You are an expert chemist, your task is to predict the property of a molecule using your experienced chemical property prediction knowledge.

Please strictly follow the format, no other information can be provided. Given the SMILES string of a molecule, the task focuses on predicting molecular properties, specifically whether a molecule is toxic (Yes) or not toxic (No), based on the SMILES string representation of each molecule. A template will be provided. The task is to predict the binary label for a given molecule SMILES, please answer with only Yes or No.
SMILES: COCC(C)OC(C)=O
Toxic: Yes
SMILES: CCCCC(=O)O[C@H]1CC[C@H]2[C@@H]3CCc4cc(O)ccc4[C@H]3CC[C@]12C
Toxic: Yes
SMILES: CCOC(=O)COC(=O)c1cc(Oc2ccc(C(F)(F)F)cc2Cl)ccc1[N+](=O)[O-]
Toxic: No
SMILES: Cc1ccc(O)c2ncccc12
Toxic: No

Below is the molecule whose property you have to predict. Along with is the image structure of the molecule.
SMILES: Cc1ccc(C)c(O)c1
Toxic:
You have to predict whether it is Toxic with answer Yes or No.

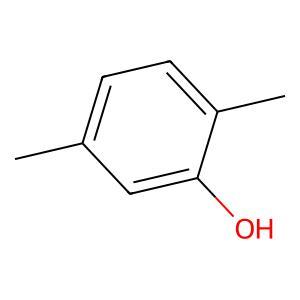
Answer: No